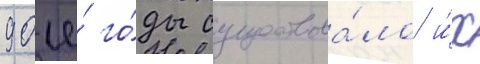
90-е́ го́ды существова́ло и́х